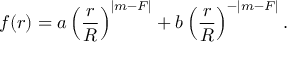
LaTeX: f ( r ) = a \left( \frac { r } { R } \right) ^ { | m - F | } + b \left( \frac { r } { R } \right) ^ { - | m - F | } .